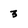
Character: 3